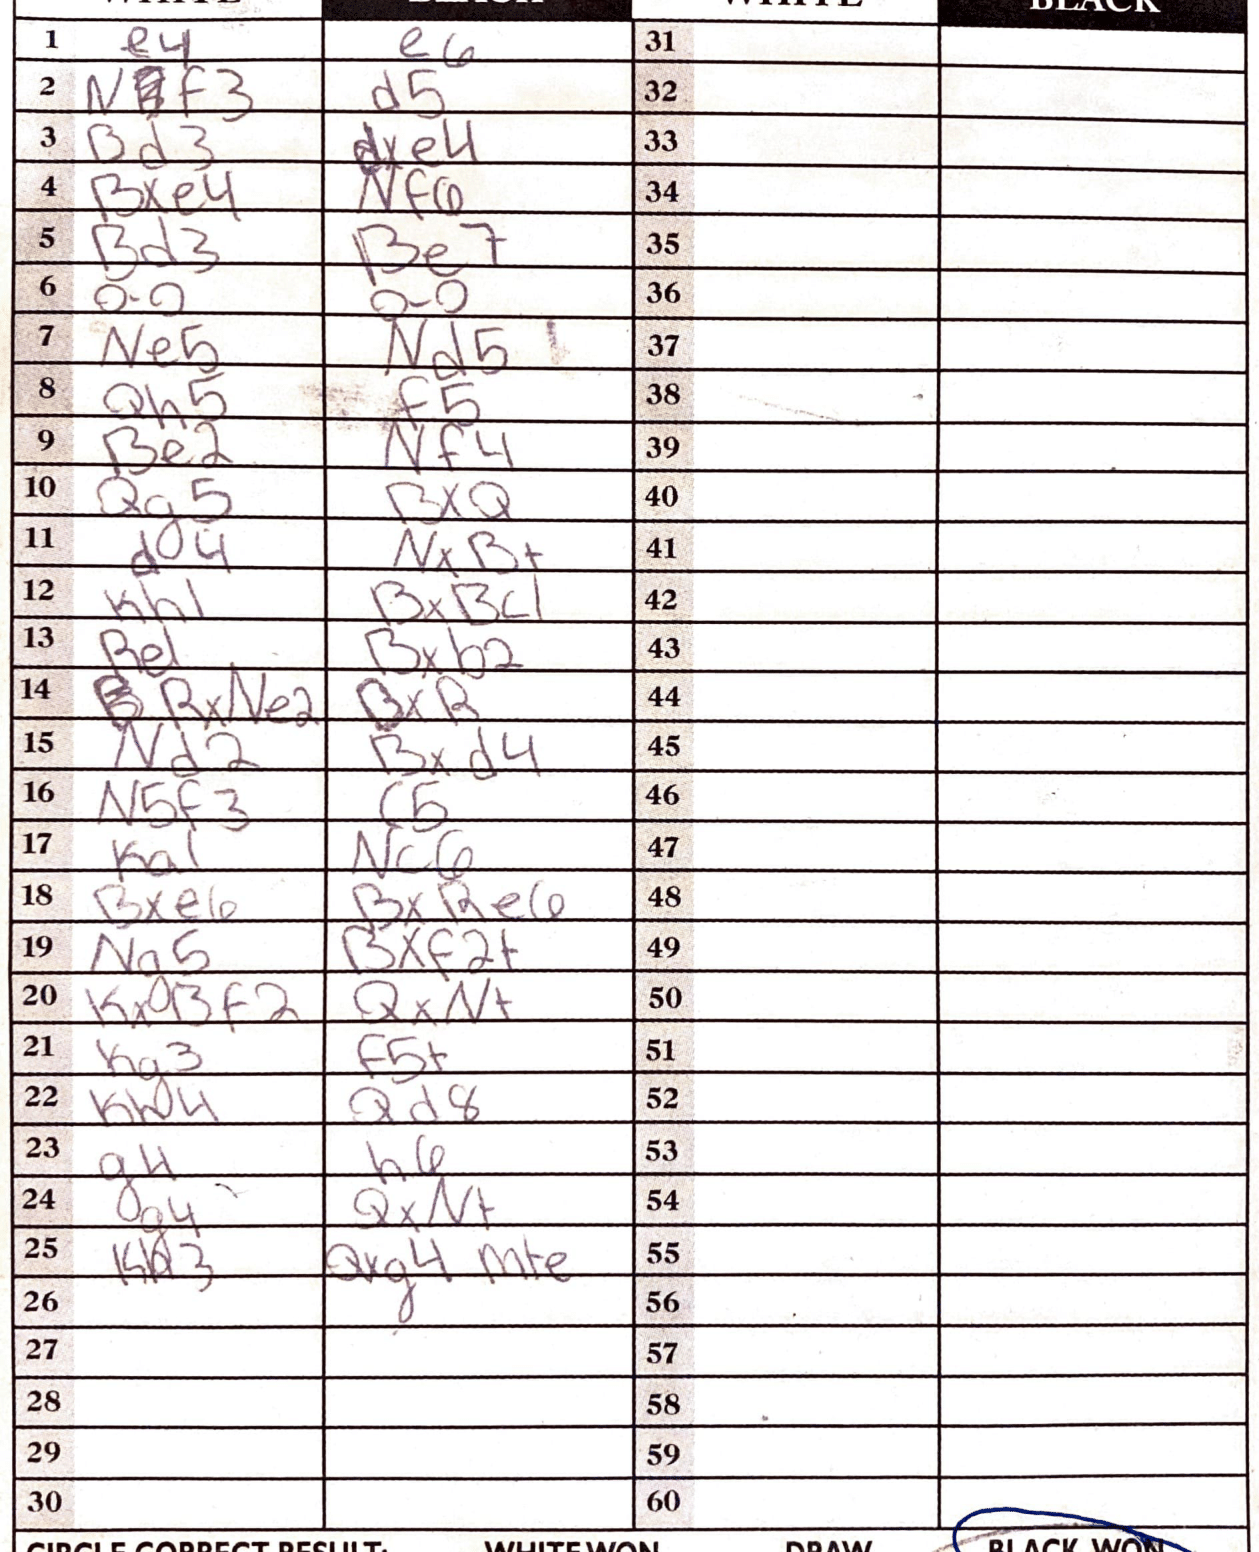
Moves: e4 e6 Nf3 d5 Bd3 dxe4 Bxe4 Nf6 Bd3 Be7 O-O O-O Ne5 Nd5 Qh5 f5 Be2 Nf4 Qg5 BxQ d4 NxB+ Kh1 BxBc1 Re1 Bxb2 RxNe2 BxR Nd2 Bxd4 N5f3 c5 Ka1 Nc6 Bxe6 BxRe6 Ng5 Bxf2+ KxBf2 QxN+ Kg3 f5+ Kh4 Qd8 g4 h6 g4 QxN+ Kh3 Qxg4